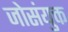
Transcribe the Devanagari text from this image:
जोसंयुक्त